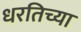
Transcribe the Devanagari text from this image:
धरतिच्या